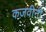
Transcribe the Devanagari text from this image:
कज़वीनी